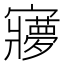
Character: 㝱